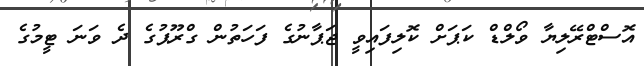
އޮސްޓްރޭލިޔާ ވޯލްޑް ކަޕަށް ކޮލިފައިވީ ޖަޕާނުގެ ފަހަތުން ގްރޫޕުގެ ދެ ވަނަ ޓީމުގެ